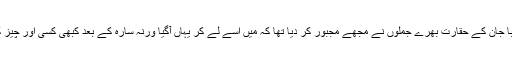
’’یہ ناممکن ہے…بابا جان کے حقارت بھرے جملوں نے مجھے مجبور کر دیا تھا کہ میں اسے لے کر یہاں آگیا ورنہ سارہ کے بعد کبھی کسی اور چیز کی خواہش نہیں رہی۔